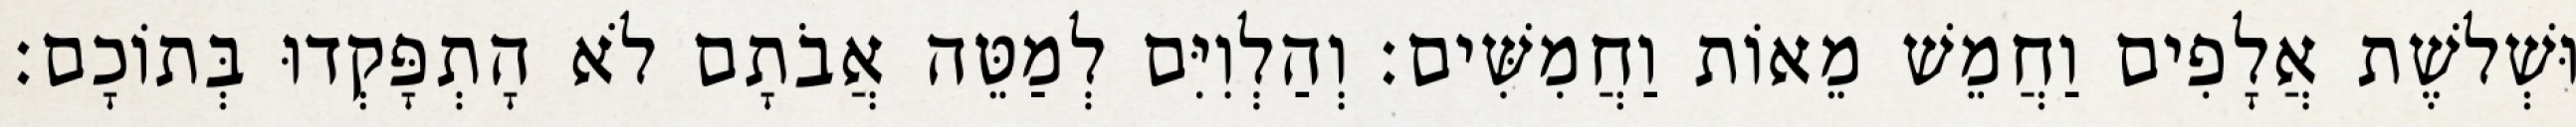
וּשְׁלשֶׁת אֲלָפִים וַחֲמֵשׁ מֵאוֹת וַחֲמִשִּׁים׃ וְהַלְוִיִּם לְמַטֵּה אֲבֹתָם לֹא הָתְפָּקְדוּ בְּתוֹכָם׃